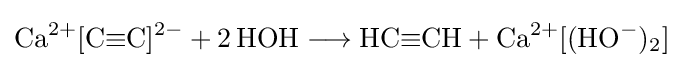
{\mathrm {Ca} {\vphantom {A}}^{2+}[\mathrm {C} {\equiv }\mathrm {C} ]{\vphantom {A}}^{2-}{}+{}2\,\mathrm {HOH} {}\mathrel {\longrightarrow } {}\mathrm {HC} {\equiv }\mathrm {CH} {}+{}\mathrm {Ca} {\vphantom {A}}^{2+}[(\mathrm {HO} {\vphantom {A}}^{-}){\vphantom {A}}_{\smash[{t}]{2}}]}